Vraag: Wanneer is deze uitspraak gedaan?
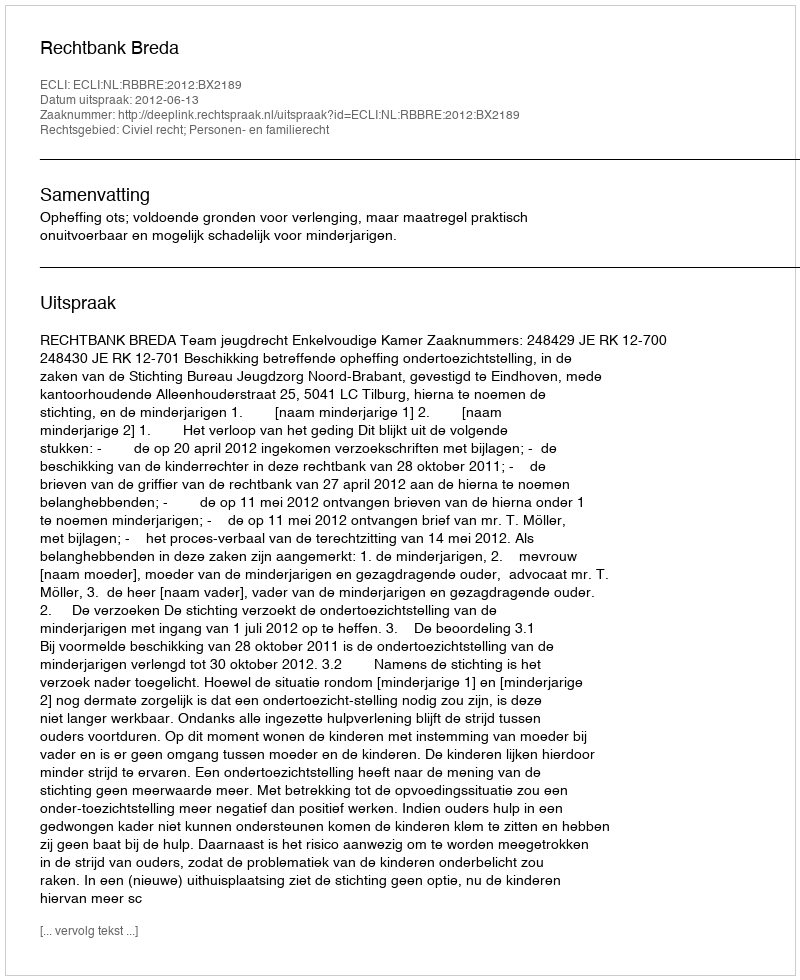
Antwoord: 2012-06-13